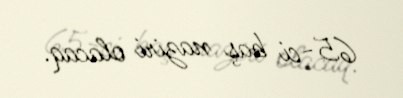
65-ci baş naziri olacaq.